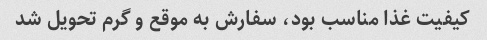
کیفیت غذا مناسب بود، سفارش به موقع و گرم تحویل شد